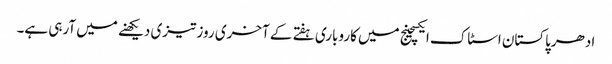
ادھرپاکستان اسٹاک ایکسچینج میں کاروباری ہفتے کے آخری روز تیزی دیکھنے میں آرہی ہے۔